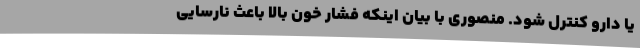
یا دارو کنترل شود. منصوری با بیان اینکه فشار خون بالا باعث نارسایی